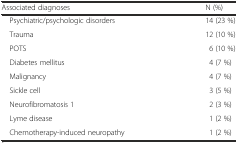
<table><thead><tr><td><b>Associated diagnoses</b></td><td><b>N (%)</b></td></tr></thead><tbody><tr><td> Psychiatric/psychologic disorders</td><td>14 (23 %)</td></tr><tr><td> Trauma</td><td>12 (10 %)</td></tr><tr><td> POTS</td><td>6 (10 %)</td></tr><tr><td> Diabetes mellitus</td><td>4 (7 %)</td></tr><tr><td> Malignancy</td><td>4 (7 %)</td></tr><tr><td> Sickle cell</td><td>3 (5 %)</td></tr><tr><td> Neurofibromatosis 1</td><td>2 (3 %)</td></tr><tr><td> Lyme disease</td><td>1 (2 %)</td></tr><tr><td> Chemotherapy-induced neuropathy</td><td>1 (2 %)</td></tr></tbody></table>